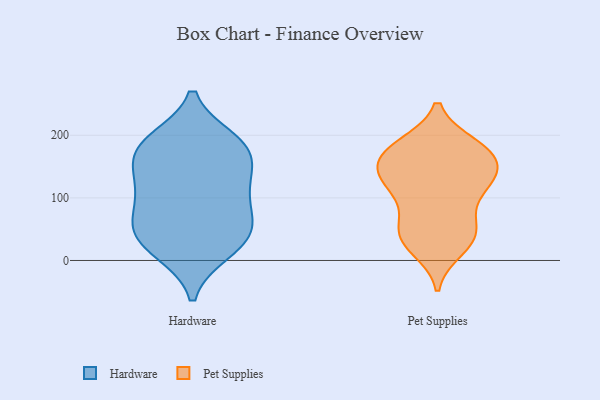
{"axis": {"x": "Website Visitors", "y": "Value"}, "legend": ["Hardware", "Pet Supplies"], "data": [{"x": "", "y": 187, "type": "Hardware"}, {"x": "", "y": 15, "type": "Hardware"}, {"x": "", "y": 52, "type": "Hardware"}, {"x": "", "y": 47, "type": "Hardware"}, {"x": "", "y": 188, "type": "Hardware"}, {"x": "", "y": 143, "type": "Hardware"}, {"x": "", "y": 14, "type": "Hardware"}, {"x": "", "y": 192, "type": "Hardware"}, {"x": "", "y": 41, "type": "Hardware"}, {"x": "", "y": 52, "type": "Hardware"}, {"x": "", "y": 95, "type": "Hardware"}, {"x": "", "y": 173, "type": "Hardware"}, {"x": "", "y": 119, "type": "Hardware"}, {"x": "", "y": 125, "type": "Hardware"}, {"x": "", "y": 166, "type": "Hardware"}, {"x": "", "y": 89, "type": "Hardware"}, {"x": "", "y": 144, "type": "Pet Supplies"}, {"x": "", "y": 178, "type": "Pet Supplies"}, {"x": "", "y": 168, "type": "Pet Supplies"}, {"x": "", "y": 166, "type": "Pet Supplies"}, {"x": "", "y": 117, "type": "Pet Supplies"}, {"x": "", "y": 51, "type": "Pet Supplies"}, {"x": "", "y": 131, "type": "Pet Supplies"}, {"x": "", "y": 183, "type": "Pet Supplies"}, {"x": "", "y": 124, "type": "Pet Supplies"}, {"x": "", "y": 40, "type": "Pet Supplies"}, {"x": "", "y": 90, "type": "Pet Supplies"}, {"x": "", "y": 37, "type": "Pet Supplies"}, {"x": "", "y": 184, "type": "Pet Supplies"}, {"x": "", "y": 30, "type": "Pet Supplies"}, {"x": "", "y": 124, "type": "Pet Supplies"}, {"x": "", "y": 169, "type": "Pet Supplies"}, {"x": "", "y": 61, "type": "Pet Supplies"}, {"x": "", "y": 136, "type": "Pet Supplies"}, {"x": "", "y": 19, "type": "Pet Supplies"}]}